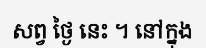
សព្វ ថ្ងៃ នេះ ។ នៅក្នុង